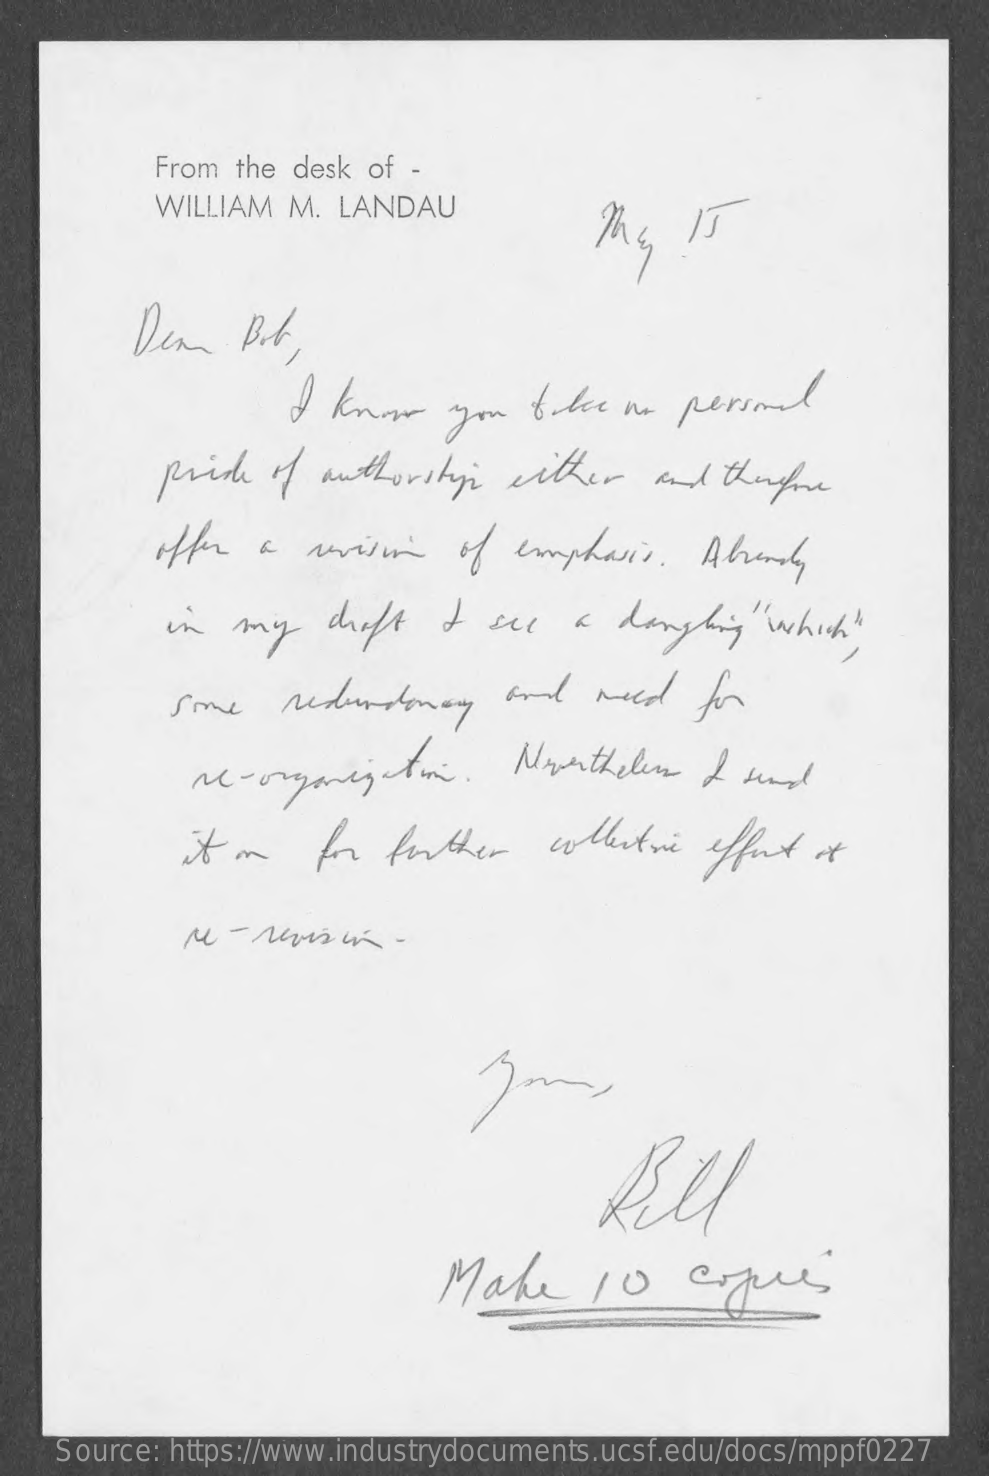
From the desk of -
     WILLIAM M.  LANDAU
     I know    you  take   us personal
     pride  of authorsti    either    and  thereme
     offer a   voisin    of emphasis.    Abrandy
     in  my    croft   I see   a  dangling"which  "
     Some   redundancy    and   need   for
     M-organization.    Nevertheless I  and
     it on   for further    collective effort of
     Lill
     Make    10    copie
    Source: https://www.industrydocuments.ucsf.edu/docs/mppf0227